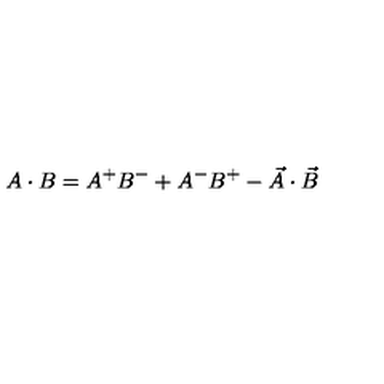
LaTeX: A \cdot B = A ^ { + } B ^ { - } + A ^ { - } B ^ { + } - \vec { A } \cdot \vec { B }